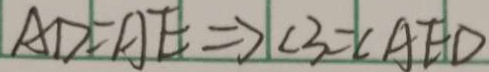
A D = A E \Rightarrow \angle 3 = \angle A E D